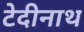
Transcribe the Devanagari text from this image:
टेदीनाथ